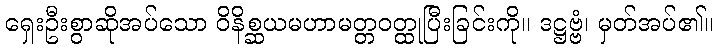
ရှေးဦးစွာဆိုအပ်သော ဝိနိစ္ဆယမဟာမတ္တဝတ္ထုပြီးခြင်းကို။ ဒဋ္ဌဗ္ဗံ၊ မှတ်အပ်၏။